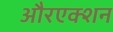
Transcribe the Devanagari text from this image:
औरएक्शन